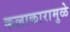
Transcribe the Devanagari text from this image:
कलाकारामुळे